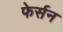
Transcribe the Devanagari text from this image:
फेर्सन